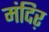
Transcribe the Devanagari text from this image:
मंदिऱ